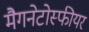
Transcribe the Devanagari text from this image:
मैगनेटोस्फीयर